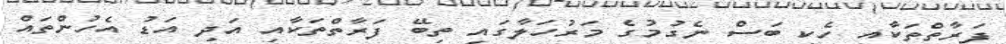
ފަރާތްތަކާއި ހެކި ބަސް ނެގުމުގެ މަރުހަލާގައި ތިބޭ ފަރާތްތަކާއި އަދި އަޑު އެހުންތައް